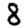
Digit: 8